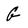
Character: g